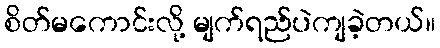
စိတ်မကောင်းလို့ မျက်ရည်ပဲကျခဲ့တယ်။